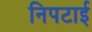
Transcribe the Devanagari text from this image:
निपटाई